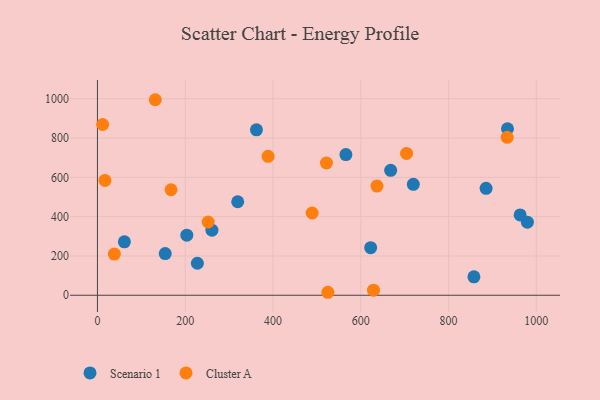
{"axis": {"x": "Investment", "y": "Yield"}, "legend": ["Cluster A", "Scenario 1"], "data": [{"x": "154.4", "y": 211.9, "type": "Scenario 1"}, {"x": "668.1", "y": 635.6, "type": "Scenario 1"}, {"x": "203.6", "y": 305.7, "type": "Scenario 1"}, {"x": "622.5", "y": 242.1, "type": "Scenario 1"}, {"x": "362.3", "y": 841.6, "type": "Scenario 1"}, {"x": "61.4", "y": 271.7, "type": "Scenario 1"}, {"x": "885.5", "y": 544.2, "type": "Scenario 1"}, {"x": "857.8", "y": 94.0, "type": "Scenario 1"}, {"x": "719.7", "y": 564.5, "type": "Scenario 1"}, {"x": "260.9", "y": 331.3, "type": "Scenario 1"}, {"x": "934.3", "y": 847.4, "type": "Scenario 1"}, {"x": "227.7", "y": 163.0, "type": "Scenario 1"}, {"x": "963.1", "y": 408.6, "type": "Scenario 1"}, {"x": "979.6", "y": 371.9, "type": "Scenario 1"}, {"x": "566.1", "y": 715.9, "type": "Scenario 1"}, {"x": "319.6", "y": 475.8, "type": "Scenario 1"}, {"x": "489.2", "y": 418.6, "type": "Cluster A"}, {"x": "521.8", "y": 672.9, "type": "Cluster A"}, {"x": "629.0", "y": 25.9, "type": "Cluster A"}, {"x": "704.3", "y": 721.7, "type": "Cluster A"}, {"x": "252.2", "y": 372.8, "type": "Cluster A"}, {"x": "17.1", "y": 584.5, "type": "Cluster A"}, {"x": "388.8", "y": 706.8, "type": "Cluster A"}, {"x": "636.9", "y": 555.8, "type": "Cluster A"}, {"x": "11.8", "y": 868.9, "type": "Cluster A"}, {"x": "38.5", "y": 209.6, "type": "Cluster A"}, {"x": "131.7", "y": 995.0, "type": "Cluster A"}, {"x": "933.6", "y": 803.9, "type": "Cluster A"}, {"x": "167.7", "y": 536.9, "type": "Cluster A"}, {"x": "525.0", "y": 15.2, "type": "Cluster A"}]}